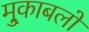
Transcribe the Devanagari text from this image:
मु्काबलों